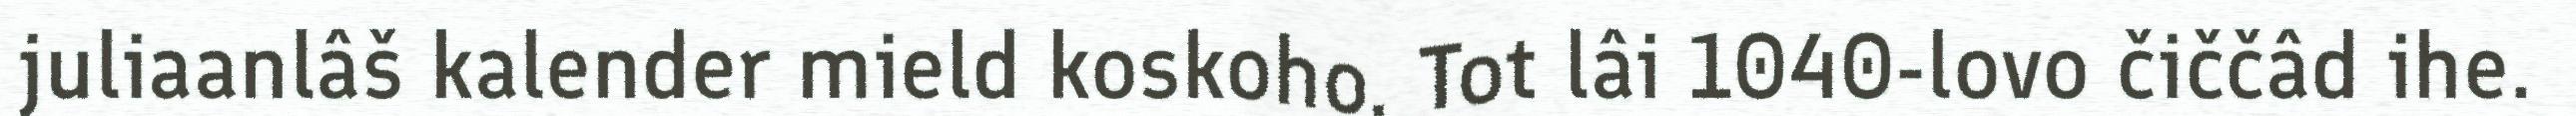
juliaanlâš kalender mield koskoho. Tot lâi 1040-lovo čiččâd ihe.